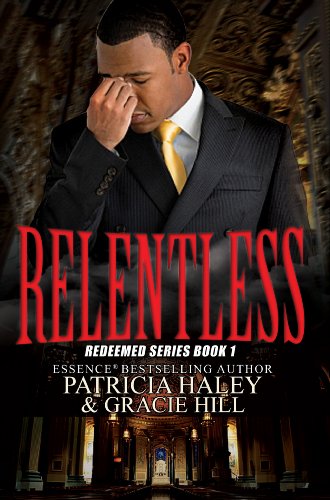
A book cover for Relentless: Redeemed Series Book 1 (Urban Books); Patricia Haley; Literature & Fiction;